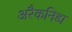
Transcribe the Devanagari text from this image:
अरैकनिडा